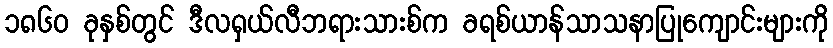
၁၈၆၀ ခုနှစ်တွင် ဒီလရှယ်လီဘရားသားစ်က ခရစ်ယာန်သာသနာပြုကျောင်းများကို